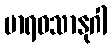
မာရဝသာနုဂါ